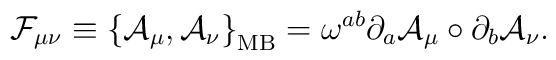
{\mathcal{F}}_{\mu\nu}\equiv\left\{ {\mathcal{A}}_\mu, {\mathcal{A}}_\nu\right\}_{\mathrm{MB}}=\omega^{ab} \partial_a {\mathcal{A}}_\mu \circ  \partial_b{\mathcal{A}}_\nu .